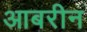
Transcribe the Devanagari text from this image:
आबरीन